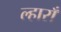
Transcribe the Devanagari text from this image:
ल्हाराँ